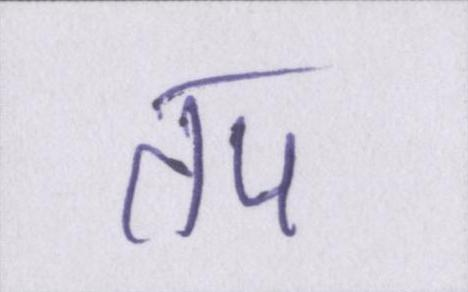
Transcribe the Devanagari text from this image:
तप